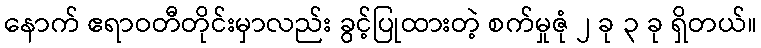
နောက် ဧရာဝတီတိုင်းမှာလည်း ခွင့်ပြုထားတဲ့ စက်မှုဇုံ ၂ ခု ၃ ခု ရှိတယ်။